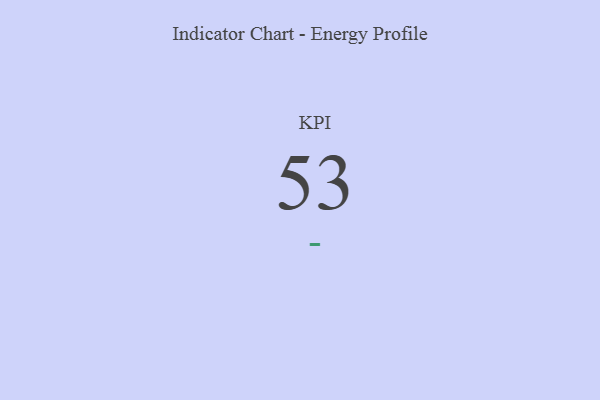
{"axis": {"x": "KPI", "y": "Value"}, "legend": [""], "data": [{"x": "KPI", "y": 53, "type": ""}]}